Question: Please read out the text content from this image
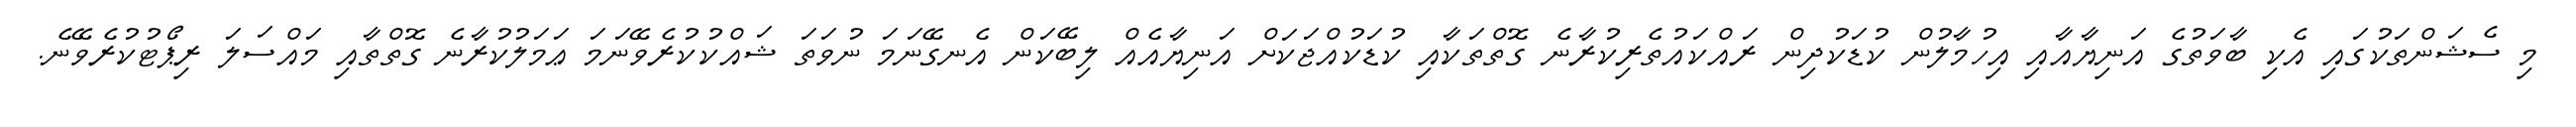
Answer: މި ސެޝަންތަކުގައި އެކި ބާވަތުގެ އަނިޔާއާއި އިހުމާލުން ކުޑަކުދިން ރައްކައުތެރިކުރާނެ ގޮތްތަކާއި ކުޑަކުއްޖަކަށް އަނިޔާއެއް ލިބޭކަން އެނގޭނަމަ ނުވަތަ ޝައްކުކުރެވޭނަމަ ޢަމަލުކުރާނެ ގޮތްތާއި މައްސަލަ ރިޕޯޓުކުރެވޭނެ.